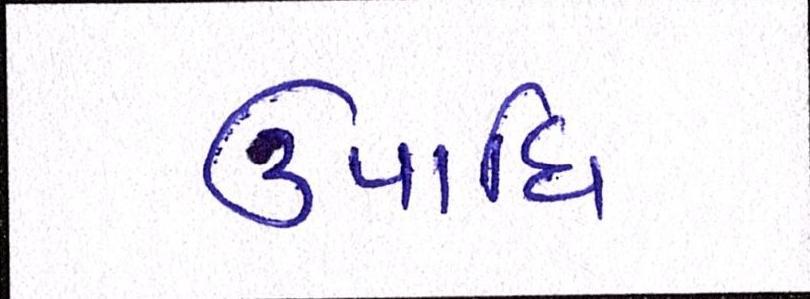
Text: ઉપાધિ